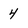
Character: 4